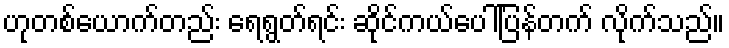
ဟုတစ်ယောက်တည်း ရေရွတ်ရင်း ဆိုင်ကယ်ပေါ်ပြန်တက် လိုက်သည်။